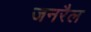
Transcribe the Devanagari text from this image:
जनरैल